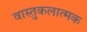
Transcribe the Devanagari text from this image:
वास्तुकलात्मक